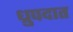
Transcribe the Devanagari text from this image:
ध्रुपदात